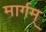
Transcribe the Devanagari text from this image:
मार्गम्‌